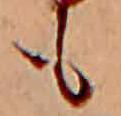
も